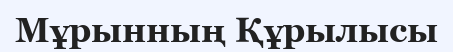
Мұрынның Құрылысы